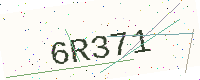
Text: 6R371